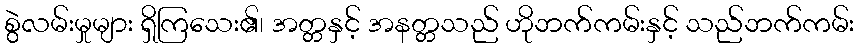
စွဲလမ်းမှုများ ရှိကြသေး၏၊ အတ္တနှင့် အနတ္တသည် ဟိုဘက်ကမ်းနှင့် သည်ဘက်ကမ်း